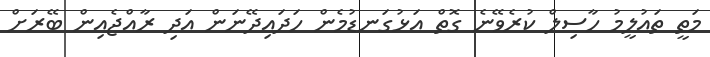
މަތީ ތައުލީމު ހާސިލް ކުރެވޭނެ ގޮތް އަޅުގަނޑުމެން ހަދައިދޭނަން އަދި ރާއްޖެއިން ބޭރަށް